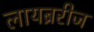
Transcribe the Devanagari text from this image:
लायब्ररीज